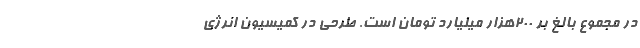
در مجموع بالغ بر 200هزار میلیارد تومان است. طرحی در کمیسیون انرژی